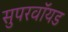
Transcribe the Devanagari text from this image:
सुपरवॉयड